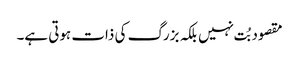
مقصود بُت نہیں بلکہ بزرگ کی ذات ہوتی ہے۔